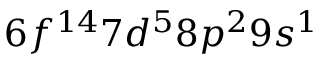
6 f ^ { 1 4 } 7 d ^ { 5 } 8 p ^ { 2 } 9 s ^ { 1 }